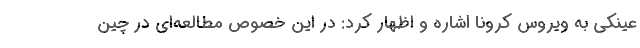
عینکی به ویروس کرونا اشاره و اظهار کرد: در این خصوص مطالعه‌ای در چین